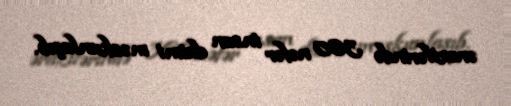
ərazilərində 360 nəfər insan daimi məskunlaşıb.